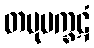
တမုပက္ခဋံ